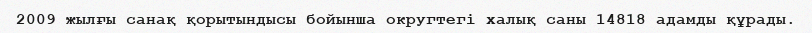
2009 жылғы санақ қорытындысы бойынша округтегі халық саны 14818 адамды құрады.